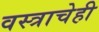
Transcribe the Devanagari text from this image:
वस्त्राचेही